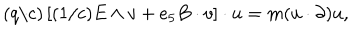
( q / c ) \left[ ( 1 / c ) E \wedge v + e _ { 5 } B \cdot v \right] \cdot u = m ( u \cdot \partial ) u ,